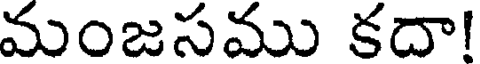
మంజసము కదా!